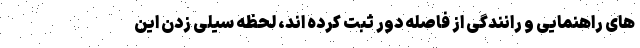
های راهنمایی و رانندگی از فاصله دور ثبت کرده اند، لحظه سیلی زدن این